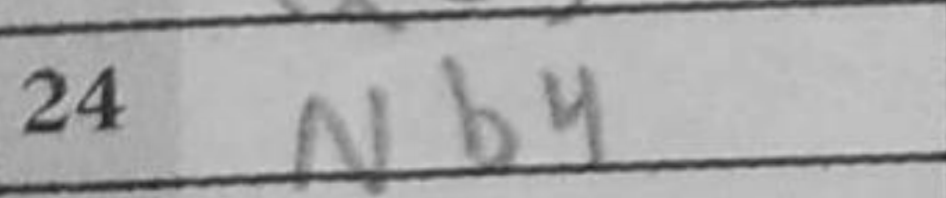
Transcription: Nb4